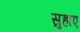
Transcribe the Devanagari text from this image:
सुहाए